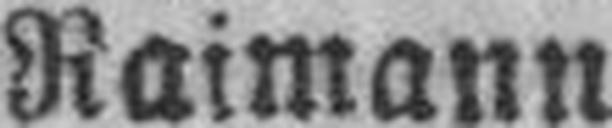
Raimann